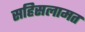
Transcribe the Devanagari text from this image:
सहिसलामत